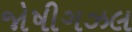
જોષીગઝલ